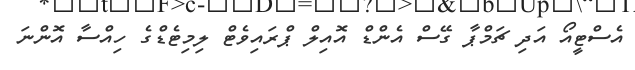
އެސްޓީއޯ އަދި ޗަމްޕާ ގޭސް އެންޑް އޮއިލް ޕްރައިވެޓް ލިމިޓެޑްގެ ހިއްސާ އޮންނަ